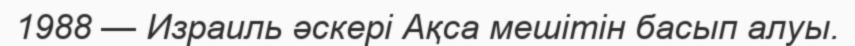
1988 — Израиль әскері Ақса мешітін басып алуы.